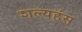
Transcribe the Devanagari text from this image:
शल्यहंस